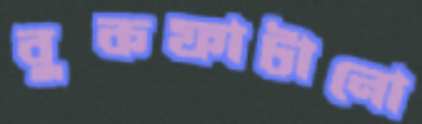
বুকফাটানো